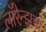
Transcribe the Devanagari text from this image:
लॉरेन्झचा